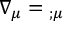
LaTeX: \nabla _ { \mu } = { } _ { ; \mu }